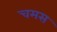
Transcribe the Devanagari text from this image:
चमस